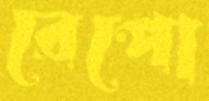
রেপো